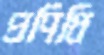
প্রণিধি